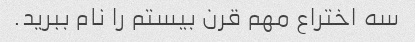
سه اختراع مهم قرن بیستم را نام ببرید.